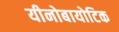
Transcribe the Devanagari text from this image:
यीनोबायोटिक